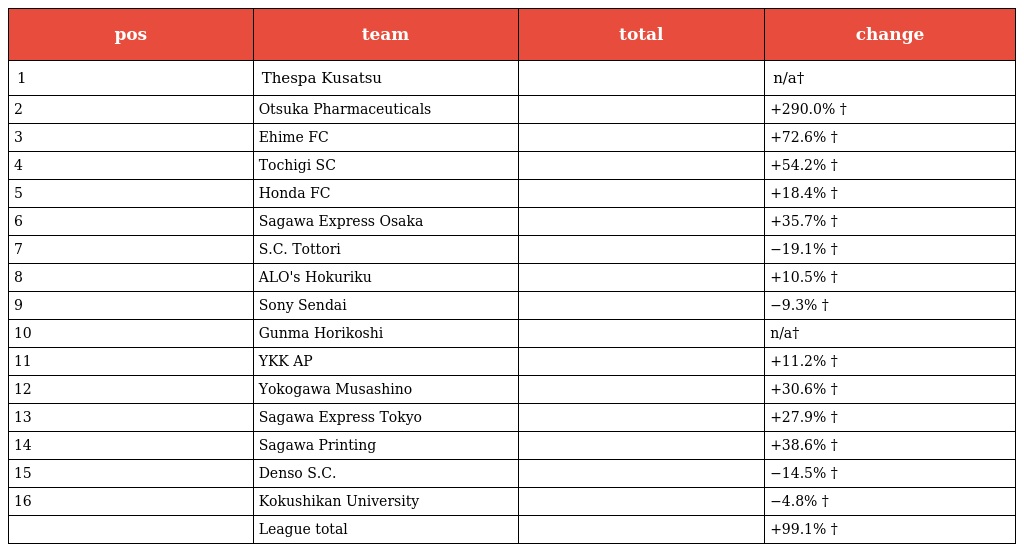
| pos | team | total | change |
 | --- | --- | --- | --- |
 | 1 | Thespa Kusatsu |  | n/a† |
 | 2 | Otsuka Pharmaceuticals |  | +290.0% † |
 | 3 | Ehime FC |  | +72.6% † |
 | 4 | Tochigi SC |  | +54.2% † |
 | 5 | Honda FC |  | +18.4% † |
 | 6 | Sagawa Express Osaka |  | +35.7% † |
 | 7 | S.C. Tottori |  | −19.1% † |
 | 8 | ALO's Hokuriku |  | +10.5% † |
 | 9 | Sony Sendai |  | −9.3% † |
 | 10 | Gunma Horikoshi |  | n/a† |
 | 11 | YKK AP |  | +11.2% † |
 | 12 | Yokogawa Musashino |  | +30.6% † |
 | 13 | Sagawa Express Tokyo |  | +27.9% † |
 | 14 | Sagawa Printing |  | +38.6% † |
 | 15 | Denso S.C. |  | −14.5% † |
 | 16 | Kokushikan University |  | −4.8% † |
 |  | League total |  | +99.1% † |